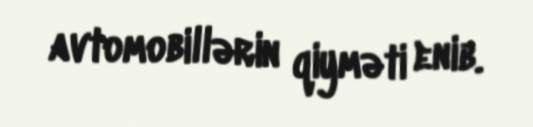
avtomobillərin qiyməti enib.